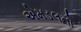
એમડલનો